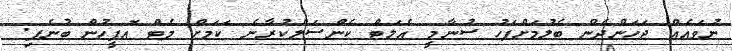
ނުވައެއް ޖަހަންދެން ބެލުމަށްފަހު ސުނާމީ އެލަޓް ކެންސަލްކުރާނެ ކަމަށް މެޓް އޮފީހުން ބުނެފި.